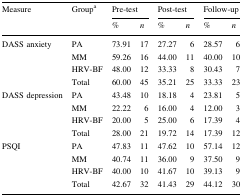
<table><thead><tr><td rowspan="2"><b>Measure</b></td><td rowspan="2"><b>Group<sup>a</sup></b></td><td colspan="2"><b>Pre-test</b></td><td colspan="2"><b>Post-test</b></td><td colspan="2"><b>Follow-up</b></td></tr><tr><td><b>%</b></td><td><b><i>n</i></b></td><td><b>%</b></td><td><b><i>n</i></b></td><td><b>%</b></td><td><b><i>n</i></b></td></tr></thead><tbody><tr><td rowspan="4">DASS anxiety</td><td>PA</td><td>73.91</td><td>17</td><td>27.27</td><td>6</td><td>28.57</td><td>6</td></tr><tr><td>MM</td><td>59.26</td><td>16</td><td>44.00</td><td>11</td><td>40.00</td><td>10</td></tr><tr><td>HRV-BF</td><td>48.00</td><td>12</td><td>33.33</td><td>8</td><td>30.43</td><td>7</td></tr><tr><td>Total</td><td>60.00</td><td>45</td><td>35.21</td><td>25</td><td>33.33</td><td>23</td></tr><tr><td rowspan="4">DASS depression</td><td>PA</td><td>43.48</td><td>10</td><td>18.18</td><td>4</td><td>23.81</td><td>5</td></tr><tr><td>MM</td><td>22.22</td><td>6</td><td>16.00</td><td>4</td><td>12.00</td><td>3</td></tr><tr><td>HRV-BF</td><td>20.00</td><td>5</td><td>25.00</td><td>6</td><td>17.39</td><td>4</td></tr><tr><td>Total</td><td>28.00</td><td>21</td><td>19.72</td><td>14</td><td>17.39</td><td>12</td></tr><tr><td rowspan="4">PSQI</td><td>PA</td><td>47.83</td><td>11</td><td>47.62</td><td>10</td><td>57.14</td><td>12</td></tr><tr><td>MM</td><td>40.74</td><td>11</td><td>36.00</td><td>9</td><td>37.50</td><td>9</td></tr><tr><td>HRV-BF</td><td>40.00</td><td>10</td><td>41.67</td><td>10</td><td>39.13</td><td>9</td></tr><tr><td>Total</td><td>42.67</td><td>32</td><td>41.43</td><td>29</td><td>44.12</td><td>30</td></tr></tbody></table>